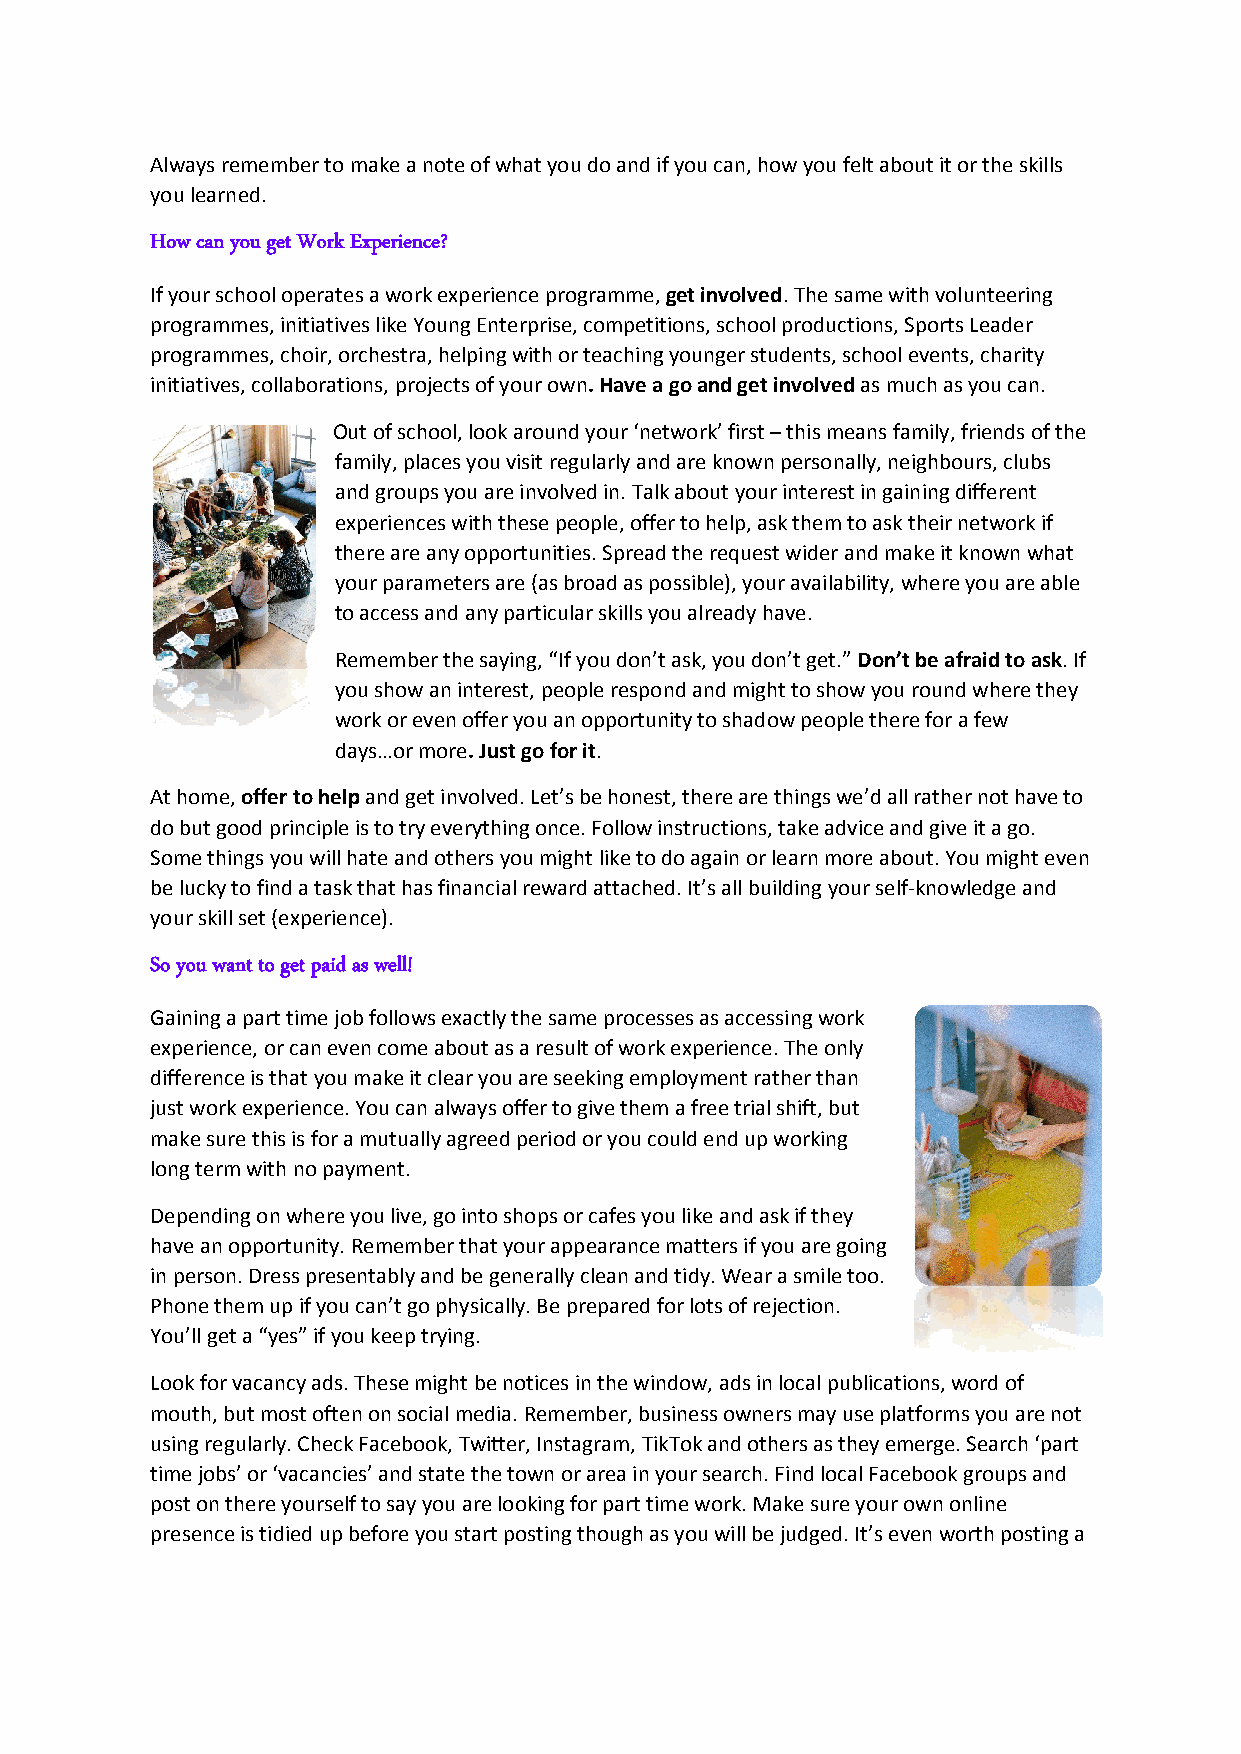
Always remember to make a note of what you do and if you can, how you felt about it or the skills
 you learned.
 How can you get Work Experience?
 If your school operates a work experience programme, get involved. The same with volunteering
 programmes, initiatives like Young Enterprise, competitions, school productions, Sports Leader
 programmes, choir, orchestra, helping with or teaching younger students, school events, charity
 initiatives, collaborations, projects of your own. Have a go and get involved as much as you can.
 Out of school, look around your ‘network’ first – this means family, friends of the
 family, places you visit regularly and are known personally, neighbours, clubs
 and groups you are involved in. Talk about your interest in gaining different
 experiences with these people, offer to help, ask them to ask their network if
 there are any opportunities. Spread the request wider and make it known what
 your parameters are (as broad as possible), your availability, where you are able
 to access and any particular skills you already have.
 Remember the saying, “If you don’t ask, you don’t get.” Don’t be afraid to ask. If
 you show an interest, people respond and might to show you round where they
 work or even offer you an opportunity to shadow people there for a few
 days…or more. Just go for it.
 At home, offer to help and get involved. Let’s be honest, there are things we’d all rather not have to
 do but good principle is to try everything once. Follow instructions, take advice and give it a go.
 Some things you will hate and others you might like to do again or learn more about. You might even
 be lucky to find a task that has financial reward attached. It’s all building your self-knowledge and
 your skill set (experience).
 So you want to get paid as well!
 Gaining a part time job follows exactly the same processes as accessing work
 experience, or can even come about as a result of work experience. The only
 difference is that you make it clear you are seeking employment rather than
 just work experience. You can always offer to give them a free trial shift, but
 make sure this is for a mutually agreed period or you could end up working
 long term with no payment.
 Depending on where you live, go into shops or cafes you like and ask if they
 have an opportunity. Remember that your appearance matters if you are going
 in person. Dress presentably and be generally clean and tidy. Wear a smile too.
 Phone them up if you can’t go physically. Be prepared for lots of rejection.
 You’ll get a “yes” if you keep trying.
 Look for vacancy ads. These might be notices in the window, ads in local publications, word of
 mouth, but most often on social media. Remember, business owners may use platforms you are not
 using regularly. Check Facebook, Twitter, Instagram, TikTok and others as they emerge. Search ‘part
 time jobs’ or ‘vacancies’ and state the town or area in your search. Find local Facebook groups and
 post on there yourself to say you are looking for part time work. Make sure your own online
 presence is tidied up before you start posting though as you will be judged. It’s even worth posting a